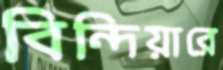
বিন্দিয়ারে